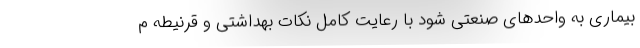
بیماری به واحدهای صنعتی شود با رعایت کامل نکات بهداشتی و قرنیطه م